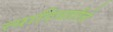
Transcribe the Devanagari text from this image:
त्यादिवशीचे